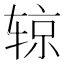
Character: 辌